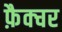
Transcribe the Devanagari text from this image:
फ़ैक्चर